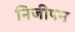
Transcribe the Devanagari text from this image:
निजीपन